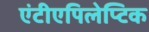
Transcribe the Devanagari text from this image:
एंटीएपिलेप्टिक